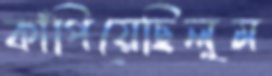
কাঁপিয়েছিলুম